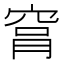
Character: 𥥾